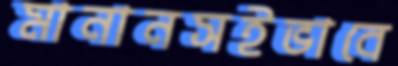
মানানসইভাবে